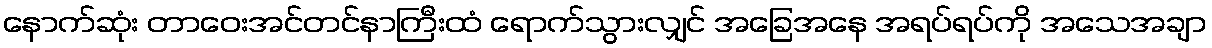
နောက်ဆုံး တာဝေးအင်တင်နာကြီးထံ ရောက်သွားလျှင် အခြေအနေ အရပ်ရပ်ကို အသေအချာ